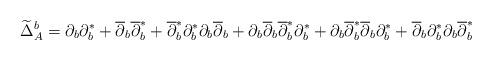
LaTeX: \begin{align*}\widetilde{\Delta}^b_{A}=\partial_b\partial_b^*+\overline{\partial}_b\overline{\partial}_b^*+\overline{\partial}_b^*\partial_b^*\partial_b\overline{\partial}_b+\partial_b\overline{\partial}_b\overline{\partial}_b^*\partial_b^*+\partial_b\overline{\partial}_b^*\overline{\partial}_b\partial_b^*+\overline{\partial}_b\partial_b^*\partial_b\overline{\partial}_b^*\end{align*}